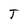
Character: T